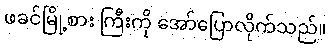
ဖခင်မြို့စား ကြီးကို အော်ပြောလိုက်သည်။